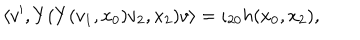
LaTeX: \left\langle v ^ { \prime } , Y ( Y ( v _ { 1 } , x _ { 0 } ) v _ { 2 } , x _ { 2 } ) v \right\rangle = \iota _ { 2 0 } h ( x _ { 0 } , x _ { 2 } ) ,